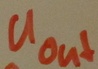
Text: UOut